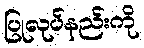
ပြုလုပ်နည်းကို